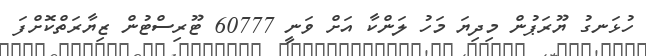
ހުޅަނގު ޔޫރަޕުން މިދިޔަ މަހު ލަންކާ އަށް ވަނީ 60777 ޓޫރިސްޓުން ޒިޔާރަތްކޮށްފަ